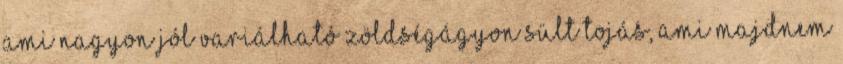
ami nagyon jól variálható Zöldségágyon sült tojás, ami majdnem